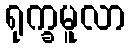
ရုက္ခမူလာ